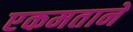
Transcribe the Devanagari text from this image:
एकमताने